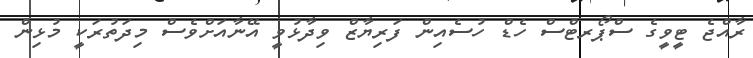
ރާއްޖެ ޓީވީގެ ސްޕޯރޓްސް ހެޑް ހުސެއިން ފަރިޔާޒް ވިދާޅުވީ އޭނާއަށްވެސް މިދަތުރަކީ މުޅިން